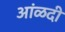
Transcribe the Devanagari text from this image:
आंळदी